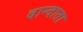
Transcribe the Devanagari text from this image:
दान्दाता